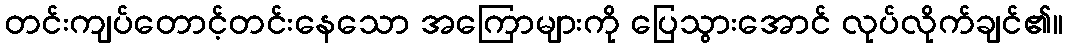
တင်းကျပ်တောင့်တင်းနေသော အကြောများကို ပြေသွားအောင် လုပ်လိုက်ချင်၏။